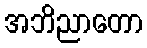
အဘိညာတော